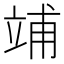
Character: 𥪀